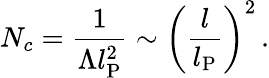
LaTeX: N_{c}=\frac{1}{\Lambda l_{\mathrm{P}}^{2}}\sim\left(\frac{l}{l_{\mathrm{P}}}\right)^{2}\, .